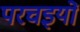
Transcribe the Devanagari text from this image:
परचइयों